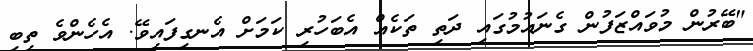
"ބޭރުން މުވައްޒަފުން ގެނައުމުގައި ދަތި ތަކެއް އެބަހުރި ކަމަށް އެނގިފައިވޭ. އެހެންވެ ތިބި